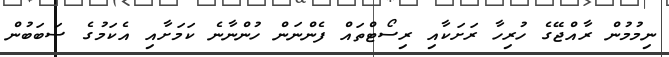
ނިމުމުން ރާއްޖޭގެ ހުރިހާ ރަށަކާއި ރިސޯޓްތައް ފެންނަން ހުންނާނެ ކަމަށާއި އެކަމުގެ ސަބަބުން